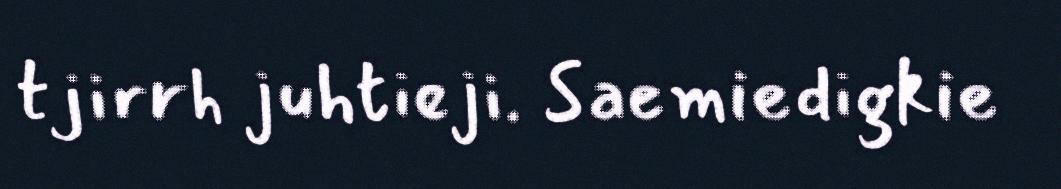
tjirrh juhtieji. Saemiedigkie